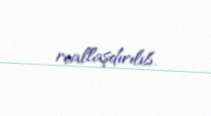
reallaşdırılıb.